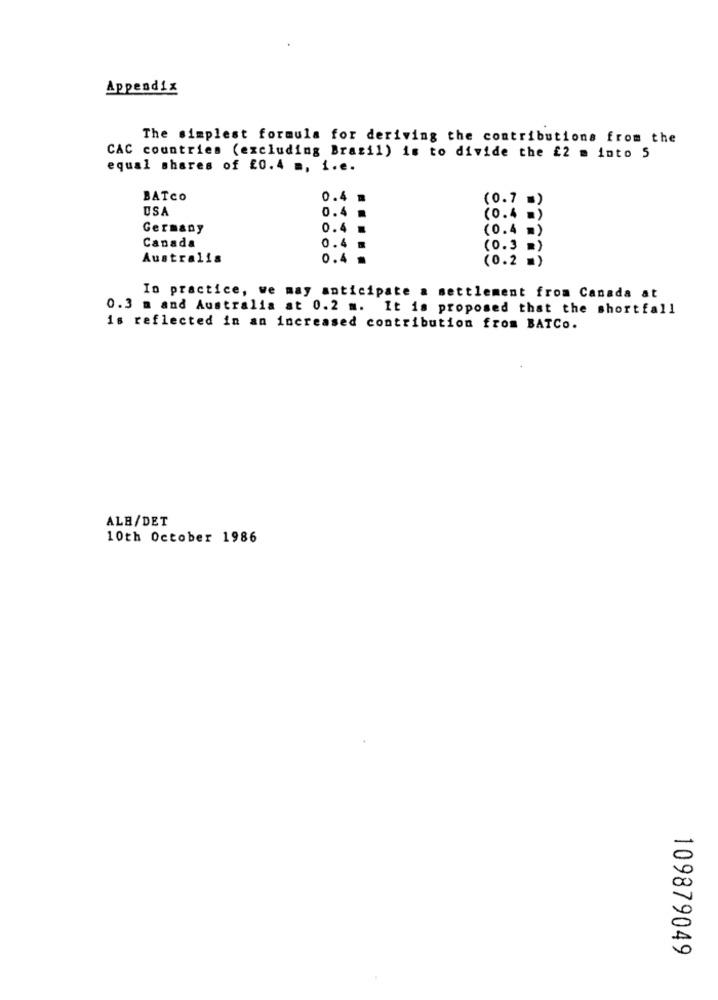
Appendix
The simplest formula for deriving the contributions from the
CAC countries (excluding Brazil) is to divide the £2 m into 5
equal shares of £0.4 m, i.e.
BATCo
0.4 .
(0.7 =)
USA
0.4 .
(0.4.)
Germany
0.4 .
(0.4 =)
Canada
0.4 m
(0.3
R)
Australis
0.4 .
(0.2 =)
In practice, we may anticipate a settlement from Canada at
0.3 m and Australia at 0.2 m. It is proposed that the shortfall
is reflected in an increased contribution from BATCo.
ALB/DET
10th October 1986
109879049